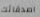
اصدقائك